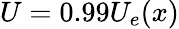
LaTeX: U=0.99U_{e}(x)